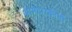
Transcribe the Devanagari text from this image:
आमदारकीची